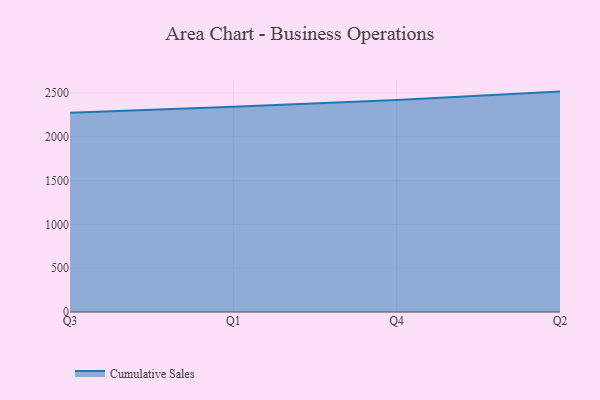
{"axis": {"x": "Quarter", "y": "Revenue (USD Million)"}, "legend": ["Cumulative Sales"], "data": [{"x": "Q3", "y": 2274.7, "type": "Cumulative Sales"}, {"x": "Q1", "y": 2343.3, "type": "Cumulative Sales"}, {"x": "Q4", "y": 2421.0, "type": "Cumulative Sales"}, {"x": "Q2", "y": 2515.8, "type": "Cumulative Sales"}]}